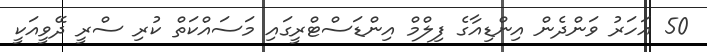
50 އަހަރު ވަންދެން އިންޑިއާގެ ފިލްމް އިންޑަސްޓްރީގައި މަސައްކަތް ކުރި ސްރީ ދޭވީއަކީ